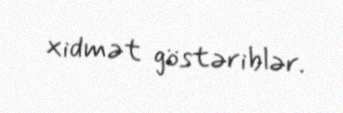
xidmət göstəriblər.